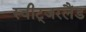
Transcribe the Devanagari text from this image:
स्वीट्‍जरलैंड